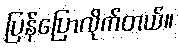
ပြန်ပြောလိုက်တယ်။